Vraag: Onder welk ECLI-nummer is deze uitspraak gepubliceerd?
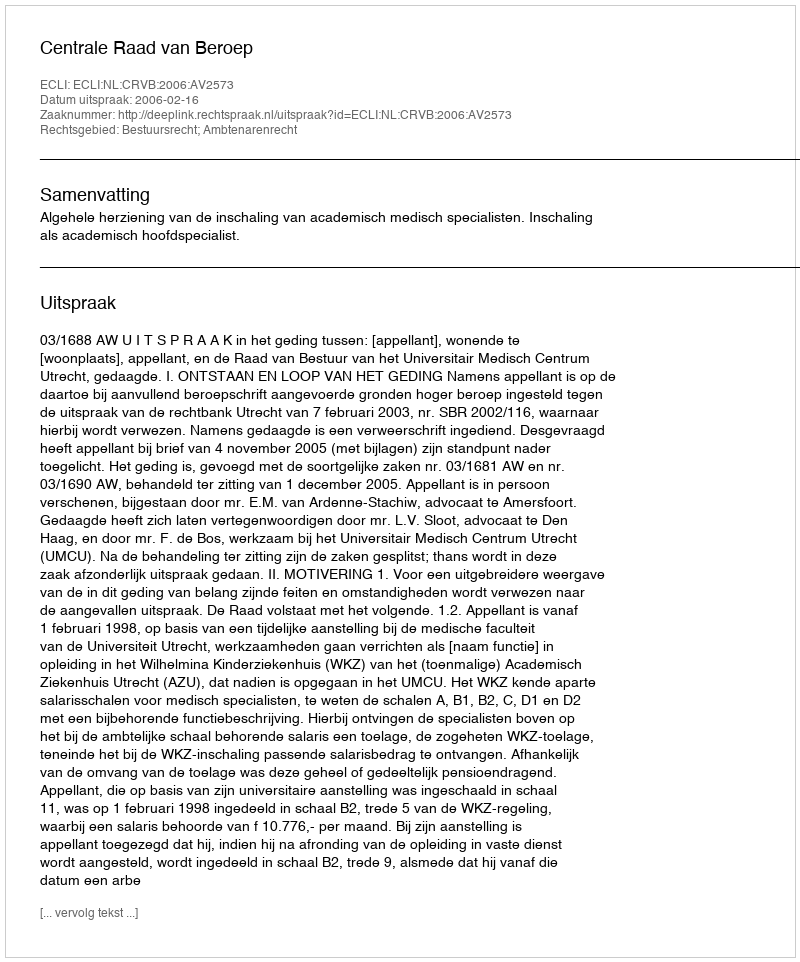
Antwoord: ECLI:NL:CRVB:2006:AV2573